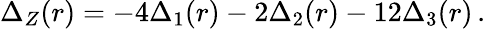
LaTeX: \Delta_{Z}(r)=-4\Delta_{1}(r)-2\Delta_{2}(r)-12\Delta_{3}(r)\, .